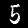
Label: 5